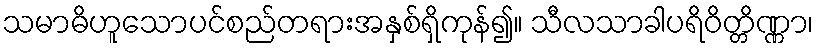
သမာဓိဟူသောပင်စည်တရားအနှစ်ရှိကုန်၍။ သီလသာခါပရိဝိတ္တိဏ္ဏာ၊